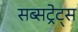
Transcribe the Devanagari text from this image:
सब्सट्रेट्स